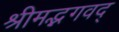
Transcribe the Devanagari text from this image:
श्रीमद्भगवद्